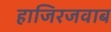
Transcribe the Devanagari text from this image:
हाजिरजवाब